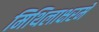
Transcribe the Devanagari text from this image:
मिथिलाक्षरमें